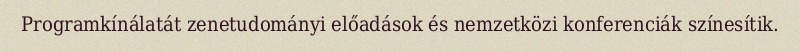
Programkínálatát zenetudományi előadások és nemzetközi konferenciák színesítik.